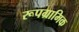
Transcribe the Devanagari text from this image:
रूपग्रामिक